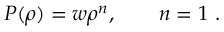
P ( \rho ) = w \rho ^ { n } , \quad \quad n = 1 \ .